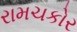
રામચકોર